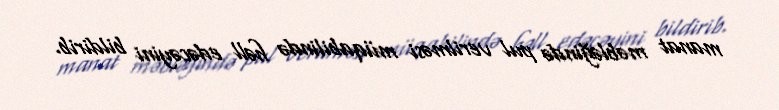
manat məbləğində pul verilməsi müqabilində həll edəcəyini bildirib.